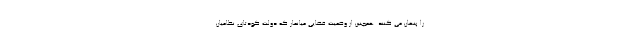
را پنهان می کنند. همچنین از وضعیت قضایی میانمار که دولت کودتای نظامیان